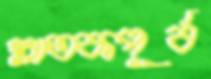
স্নাতকপূর্ব